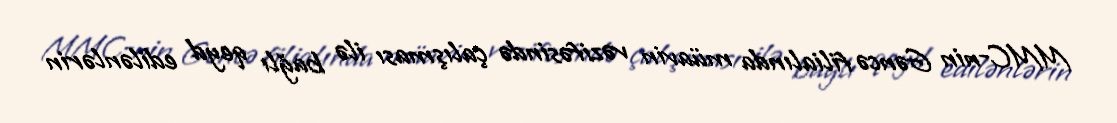
MMC-nin Gəncə filialında müavin vəzifəsində çalışması ilə bağlı qeyd edilənlərin